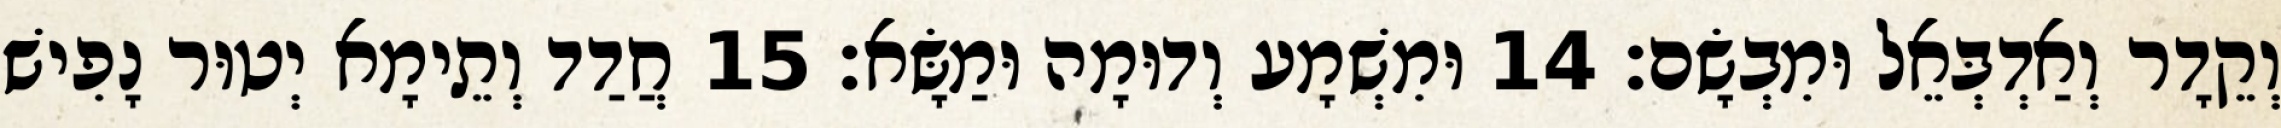
וְקֵדָר וְאַדְבְּאֵל וּמִבְשָׂם׃ 14 וּמִשְׁמָע וְדוּמָה וּמַשָּׂא׃ 15 חֲדַד וְתֵימָא יְטוּר נָפִישׁ